Civil Veterinary Dept. Assam report 1911-1927 - 1911-1927
Year: 1911
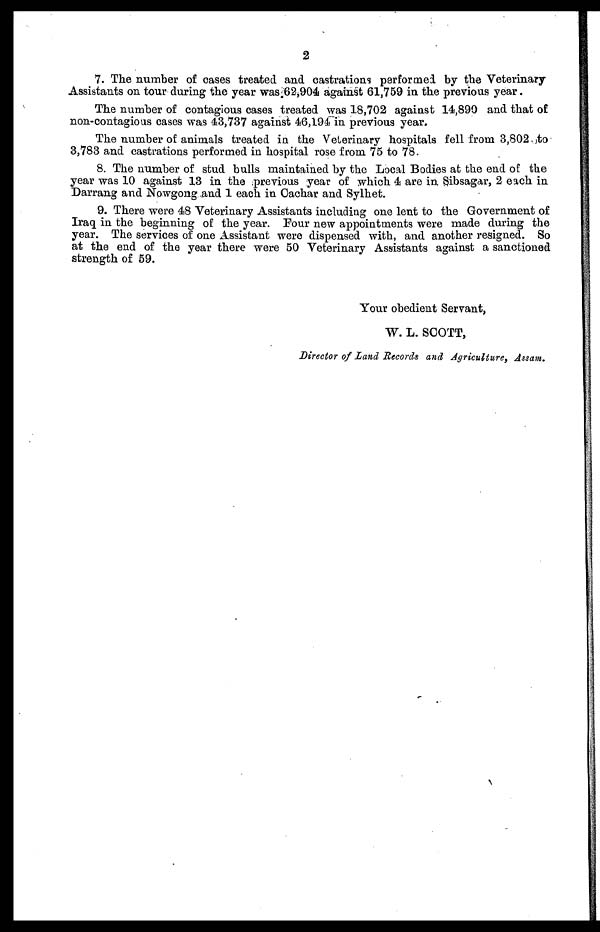
2
7. The number of cases treated and castrations performed by the Veterinary
Assistants on tour during the year was 62,904 against 61,759 in the previous year.
The number of contagious cases treated was 18,702 against 14,890 and that of
non-contagious cases was 43,737 against 46,194 in previous year.
The number of animals treated in the Veterinary hospitals fell from 3,802 to
3,783 and castrations performed in hospital rose from 75 to 78.
8. The number of stud bulls maintained by the Local Bodies at the end of the
year was 10 against 13 in the previous year of which 4 are in Sibsagar, 2 each in
Darrang and Nowgong and 1 each in Cachar and Sylhet.
9. There were 48 Veterinary Assistants including one lent to the Government of
Iraq in the beginning of the year. Four new appointments were made during the
year. The services of one Assistant were dispensed with, and another resigned. So
at the end of the year there were 50 Veterinary Assistants against a sanctioned
strength of 59.
Your obedient Servant,
W. L. SCOTT,
Director of Land Records and Agriculture,
Assam.